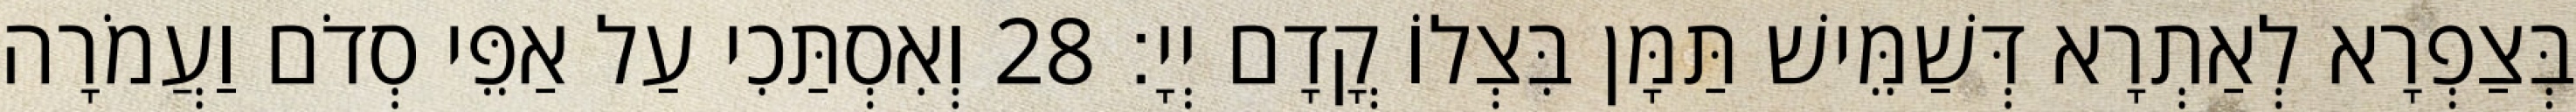
בְּצַפְרָא לְאַתְרָא דְּשַׁמֵּישׁ תַּמָּן בִּצְלוֹ קֳדָם יְיָ׃ 28 וְאִסְתַּכִי עַל אַפֵּי סְדֹם וַעֲמֹרָה